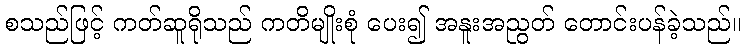
စသည်ဖြင့် ကတ်ဆူရိုသည် ကတိမျိုးစုံ ပေး၍ အနူးအညွတ် တောင်းပန်ခဲ့သည်။